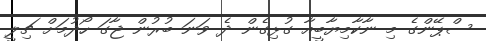
ސްޕޭންގެ މި ނާކާމިޔާބީއާ ގުޅިގެން ދެ ވަނަ ބުރުން ޖާގަ ހޯދުމަށް ޗިލީ